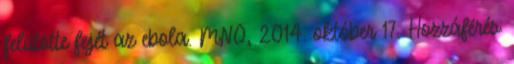
felütötte fejét az ebola. MNO, 2014. október 17. Hozzáférés: